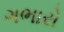
ગભારો